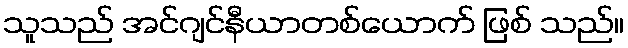
သူသည် အင်ဂျင်နီယာတစ်ယောက် ဖြစ် သည်။